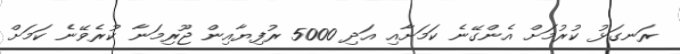
ރަނގަޅު ކުރުމަށް އެންގޭނެ ކަމަށާއި އަދި 5000 ރުފިޔާއިން ޖޫރިމަނާ ކުރެވޭނެ ކަމަށް